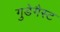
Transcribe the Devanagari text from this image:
गुडेगैस्ट